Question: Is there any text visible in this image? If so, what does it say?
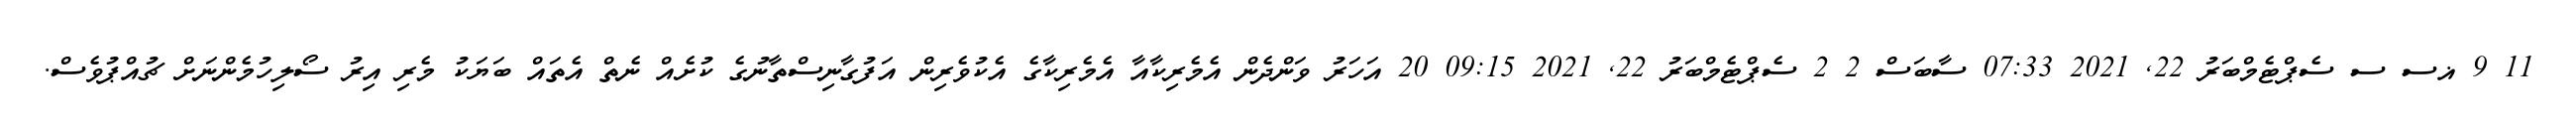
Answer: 11 9 ޣސ ސ ސެޕްޓެމްބަރު 22, 2021 07:33 ސާބަސް 2 2 ސެޕްޓެމްބަރު 22, 2021 09:15 20 އަހަރު ވަންދެން އެމެރިކާއާ އެމެރިކާގެ އެކުވެރިން އަފުގާނިސްތާނުގެ ކުށެއް ނެތް އެތައް ބަޔަކު މެރި އިރު ސޯލިހުމެންނަށް ޗުއްޕުވެސް.